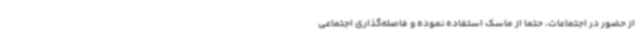
از حضور در اجتماعات، حتماً از ماسک استفاده نموده و فاصله‌گذاری اجتماعی